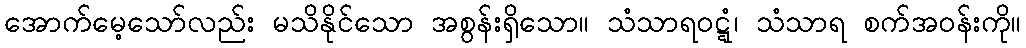
အောက်မေ့သော်လည်း မသိနိုင်သော အစွန်းရှိသော။ သံသာရဝဋ္ဋံ၊ သံသာရ စက်အဝန်းကို။